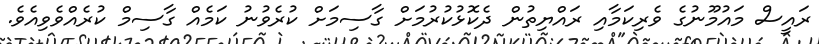
ރައީސް މައުމޫނުގެ ވެރިކަމާއި ރައްޔިތުން ދެކޮޅުކުރުމަށް ގާސިމަށް ކުރެވުނު ކަމެއް ގާސިމް ކުރެއްވެވިއެވެ.